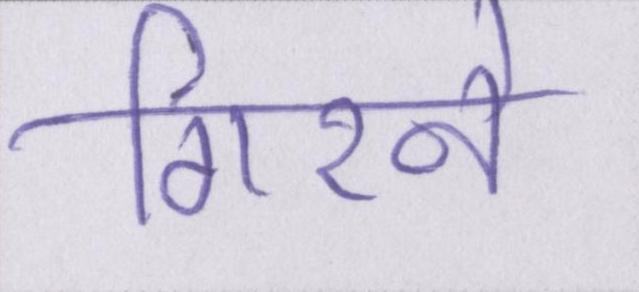
गिरने